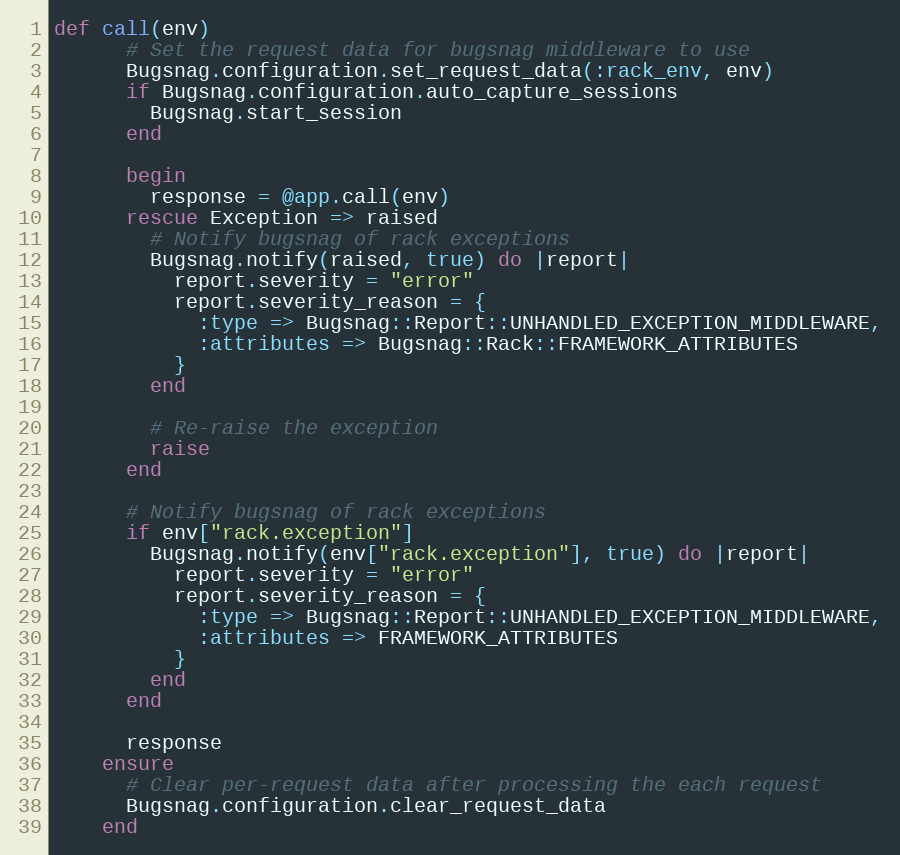
Language: Ruby
def call(env)
      # Set the request data for bugsnag middleware to use
      Bugsnag.configuration.set_request_data(:rack_env, env)
      if Bugsnag.configuration.auto_capture_sessions
        Bugsnag.start_session
      end

      begin
        response = @app.call(env)
      rescue Exception => raised
        # Notify bugsnag of rack exceptions
        Bugsnag.notify(raised, true) do |report|
          report.severity = "error"
          report.severity_reason = {
            :type => Bugsnag::Report::UNHANDLED_EXCEPTION_MIDDLEWARE,
            :attributes => Bugsnag::Rack::FRAMEWORK_ATTRIBUTES
          }
        end

        # Re-raise the exception
        raise
      end

      # Notify bugsnag of rack exceptions
      if env["rack.exception"]
        Bugsnag.notify(env["rack.exception"], true) do |report|
          report.severity = "error"
          report.severity_reason = {
            :type => Bugsnag::Report::UNHANDLED_EXCEPTION_MIDDLEWARE,
            :attributes => FRAMEWORK_ATTRIBUTES
          }
        end
      end

      response
    ensure
      # Clear per-request data after processing the each request
      Bugsnag.configuration.clear_request_data
    end